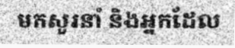
មកសួរនាំ និងអ្នកដែល